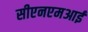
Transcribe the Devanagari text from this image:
सीएनएमआई